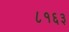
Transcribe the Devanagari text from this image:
८१६३